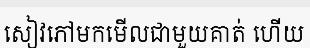
សៀវភៅមកមើលជាមួយគាត់ ហើយ